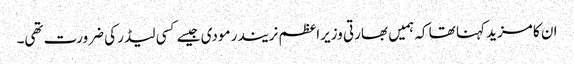
ان کا مزید کہنا تھا کہ ہمیں بھارتی وزیراعظم نریندر مودی جیسے کسی لیڈر کی ضرورت تھی۔